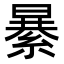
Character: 𦃙